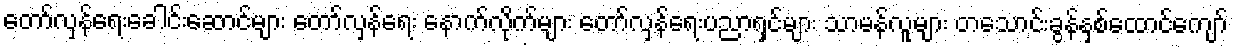
တော်လှန်ရေးခေါင်းဆောင်များ တော်လှန်ရေး နောက်လိုက်များ တော်လှန်ရေးပညာရှင်များ သာမန်လူများ တသောင်းခွန်နှစ်ထောင်ကျော်